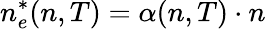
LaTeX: n_{e}^{*}(n,T)=\alpha(n,T)\cdot n